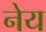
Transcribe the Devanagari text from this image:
नेय